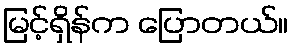
မြင့်ရှိန်က ပြောတယ်။